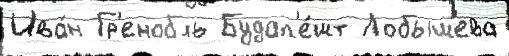
Ива́н Гр'енобль Будап'е́шт Лобышева